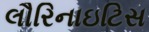
લૌરિનાઇટિસ